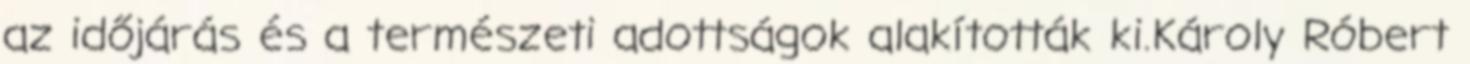
az időjárás és a természeti adottságok alakították ki.Károly Róbert